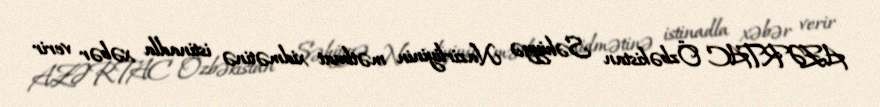
AZƏRTAC Özbəkistan Səhiyyə Nazirliyinin mətbuat xidmətinə istinadla xəbər verir